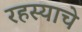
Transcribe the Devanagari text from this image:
रहस्याचे